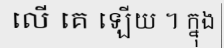
លើ គេ ឡើយ ។ ក្នុង